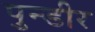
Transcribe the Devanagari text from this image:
पुन्डीर